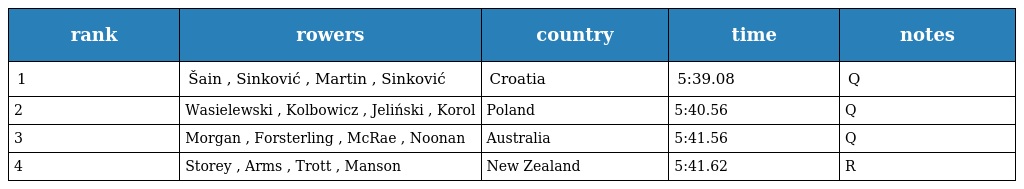
| rank | rowers | country | time | notes |
 | --- | --- | --- | --- | --- |
 | 1 | Šain , Sinković , Martin , Sinković | Croatia | 5:39.08 | Q |
 | 2 | Wasielewski , Kolbowicz , Jeliński , Korol | Poland | 5:40.56 | Q |
 | 3 | Morgan , Forsterling , McRae , Noonan | Australia | 5:41.56 | Q |
 | 4 | Storey , Arms , Trott , Manson | New Zealand | 5:41.62 | R |